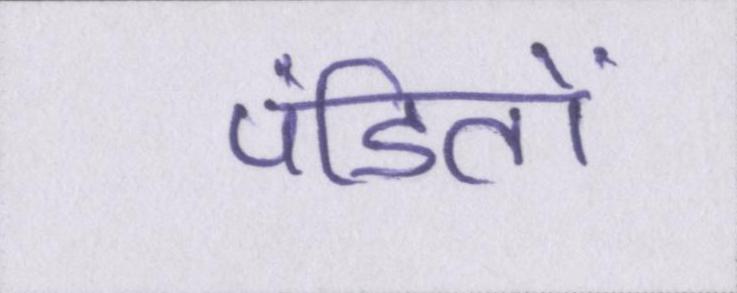
पंडितों